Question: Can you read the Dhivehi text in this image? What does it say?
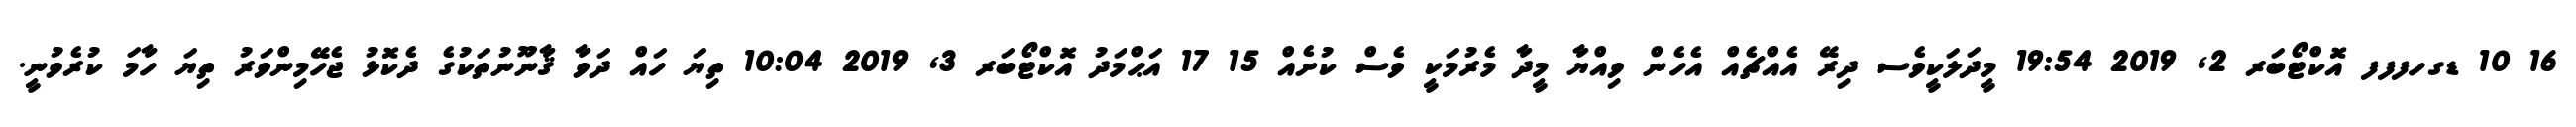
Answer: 16 10 ޑގހފފފ އޮކްޓޯބަރ 2, 2019 19:54 މީދަލަކީވެސ ދިރޭ އެއްޗެއް އެހެން ވިއްޔާ މީދާ މެރުމަކީ ވެސް ކުށެއް 15 17 އަޙްމަދު އޮކްޓޯބަރ 3, 2019 10:04 ތިޔަ ހައް ދަވާ ޤާނޫނުތަކުގެ ދެކޮޅު ޖެހޭމިންވަރު ތިޔަ ހާމަ ކުރެވުނީ.